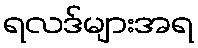
ရလဒ်များအရ